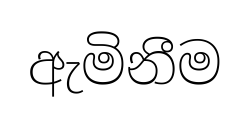
ඇමිනීම